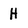
Character: H